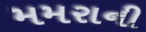
મમરાની